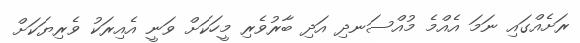
ރަށެއްގައި ނަމަ އެއްމެ މުއްސަނދި އަދި ބާރުވެރި މީހަކަށް ވަނީ އެއިރަކު ވެރިޔަކަށް